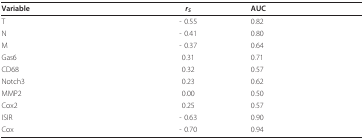
<table><thead><tr><td><b>Variable</b></td><td><b><i>r<sub>S</sub></i></b></td><td><b>AUC</b></td></tr></thead><tbody><tr><td>T</td><td>- 0.55</td><td>0.82</td></tr><tr><td>N</td><td>- 0.41</td><td>0.80</td></tr><tr><td>M</td><td>- 0.37</td><td>0.64</td></tr><tr><td>Gas6</td><td>0.31</td><td>0.71</td></tr><tr><td>CD68</td><td>0.32</td><td>0.57</td></tr><tr><td>Notch3</td><td>0.23</td><td>0.62</td></tr><tr><td>MMP2</td><td>0.00</td><td>0.50</td></tr><tr><td>Cox2</td><td>0.25</td><td>0.57</td></tr><tr><td>ISIR</td><td>- 0.63</td><td>0.90</td></tr><tr><td>Cox</td><td>- 0.70</td><td>0.94</td></tr></tbody></table>